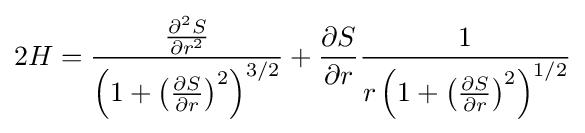
2H={\frac {\frac {\partial ^{2}S}{\partial r^{2}}}{\left(1+\left({\frac {\partial S}{\partial r}}\right)^{2}\right)^{3/2}}}+{\frac {\partial S}{\partial r}}{\frac {1}{r\left(1+\left({\frac {\partial S}{\partial r}}\right)^{2}\right)^{1/2}}}